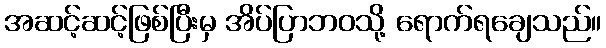
အဆင့်ဆင့်ဖြစ်ပြီးမှ အိပ်ပြာဘဝသို့ ရောက်ရချေသည်။